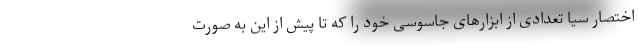
اختصار سیا تعدادی از ابزارهای جاسوسی خود را که تا پیش از این به صورت